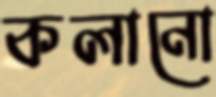
কলানো